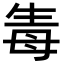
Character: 𤯟